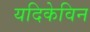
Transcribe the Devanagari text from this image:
यदिकेविन